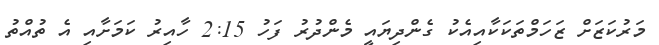
މަރުކަޒަށް ޒަހަމްތަކަކާއިއެކު ގެންދިޔައީ މެންދުރު ފަހު 2:15 ހާއިރު ކަމަށާއި އެ ތުއްތު